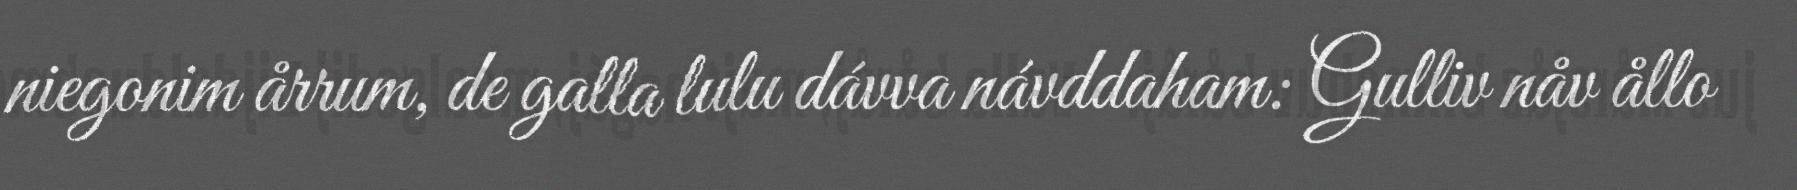
niegonim årrum, de galla lulu dávva návddaham: Gulliv nåv ållo